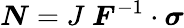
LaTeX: {\boldsymbol{N}}=J~{\boldsymbol{F}}^{-1}\cdot{\boldsymbol{\sigma}}